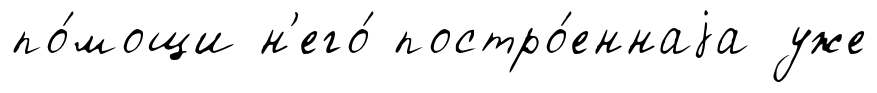
по́мощи н'его́ постро́еннаjа уже